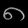
Digit: ၈